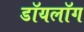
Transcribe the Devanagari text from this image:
डॉयलॉग